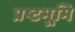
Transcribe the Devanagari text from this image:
प्रष्टभूमि